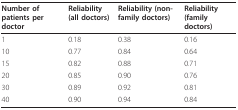
| Number of patients per doctor | Reliability (all doctors) | Reliability (non-family doctors) | Reliability (family doctors) |
 | --- | --- | --- | --- |
 | 1 | 0.18 | 0.38 | 0.16 |
 | 10 | 0.77 | 0.84 | 0.64 |
 | 15 | 0.82 | 0.88 | 0.71 |
 | 20 | 0.85 | 0.90 | 0.76 |
 | 30 | 0.89 | 0.92 | 0.81 |
 | 40 | 0.90 | 0.94 | 0.84 |